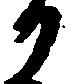
か